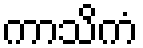
ကာသိကံ